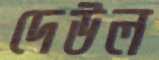
দেউল